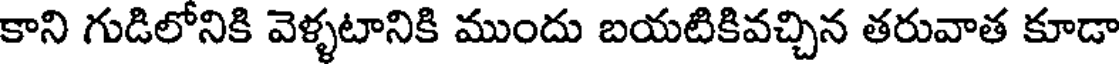
కాని గుడిలోనికి వెళ్ళటానికి ముందు బయటికివచ్చిన తరువాత కూడా